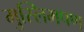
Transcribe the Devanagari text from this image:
मुस्लिमपण